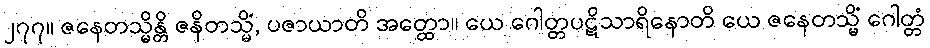
၂၇၇။ ဇနေတသ္မိန္တိ ဇနိတသ္မိံ, ပဇာယာတိ အတ္ထော။ ယေ ဂေါတ္တပဋိသာရိနောတိ ယေ ဇနေတသ္မိံ ဂေါတ္တံ